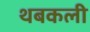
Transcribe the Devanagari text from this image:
थबकली